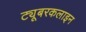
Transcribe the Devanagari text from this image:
ट्यूबरकलाइन